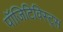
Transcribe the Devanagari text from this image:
पॉजिटिविस्ट्स